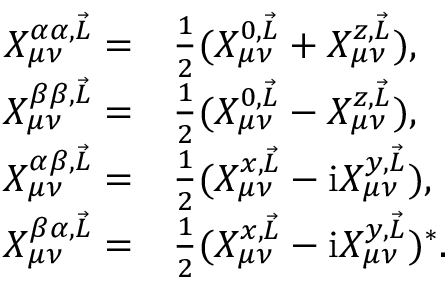
\begin{array} { r l } { X _ { \mu \nu } ^ { \alpha \alpha , \vec { L } } = } & { \frac { 1 } { 2 } ( X _ { \mu \nu } ^ { 0 , \vec { L } } + X _ { \mu \nu } ^ { z , \vec { L } } ) , } \\ { X _ { \mu \nu } ^ { \beta \beta , \vec { L } } = } & { \frac { 1 } { 2 } ( X _ { \mu \nu } ^ { 0 , \vec { L } } - X _ { \mu \nu } ^ { z , \vec { L } } ) , } \\ { X _ { \mu \nu } ^ { \alpha \beta , \vec { L } } = } & { \frac { 1 } { 2 } ( X _ { \mu \nu } ^ { x , \vec { L } } - \mathrm { i } X _ { \mu \nu } ^ { y , \vec { L } } ) , } \\ { X _ { \mu \nu } ^ { \beta \alpha , \vec { L } } = } & { \frac { 1 } { 2 } ( X _ { \mu \nu } ^ { x , \vec { L } } - \mathrm { i } X _ { \mu \nu } ^ { y , \vec { L } } ) ^ { * } . } \end{array}